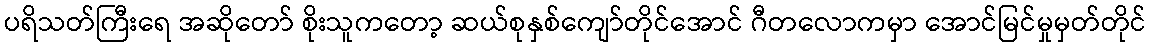
ပရိသတ်ကြီးရေ အဆိုတော် စိုးသူကတော့ ဆယ်စုနှစ်ကျော်တိုင်အောင် ဂီတလောကမှာ အောင်မြင်မှုမှတ်တိုင်